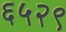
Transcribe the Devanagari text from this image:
६५२९